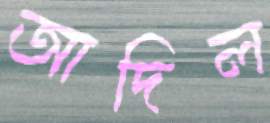
আদিল